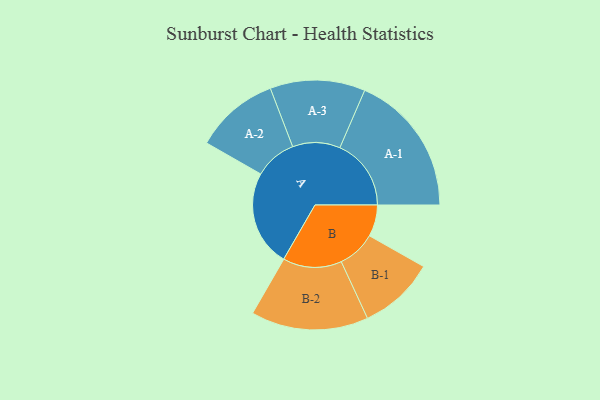
{"axis": {"x": "Segment", "y": "Value"}, "legend": ["", "A", "B"], "data": [{"x": "A", "y": 368, "type": ""}, {"x": "B", "y": 121, "type": ""}, {"x": "A-1", "y": 273, "type": "A"}, {"x": "A-2", "y": 161, "type": "A"}, {"x": "A-3", "y": 182, "type": "A"}, {"x": "B-1", "y": 146, "type": "B"}, {"x": "B-2", "y": 225, "type": "B"}]}